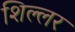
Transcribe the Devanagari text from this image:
शिल्लर